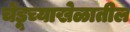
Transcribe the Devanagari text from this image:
चेंडूच्याखेळातील